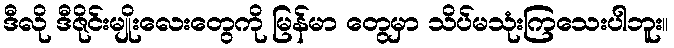
ဒီလို ဒီဇိုင်းမျိုးလေးတွေကို မြန်မာ တွေမှာ သိပ်မသုံးကြသေးပါဘူး။